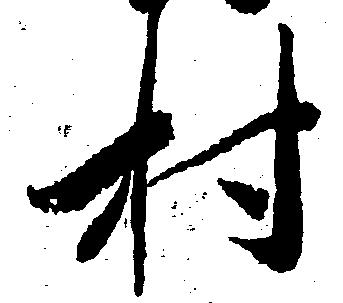
村